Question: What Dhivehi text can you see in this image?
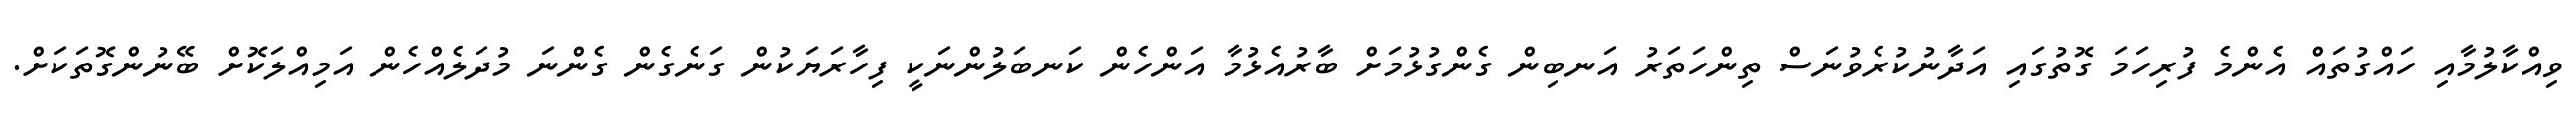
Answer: ވިއްކާލުމާއި ހައްގުތައް އެންމެ ފުރިހަމަ ގޮތުގައި އަދާނުކުރެވުނަސް ތިންހަތަރު އަނބިން ގެންގުޅުމަށް ބާރުއެޅުމާ އަންހެން ކަނބަލުންނަކީ ފިހާރަޔަކުން ގަނެގެން ގެންނަ މުދަލެއްހެން އަމިއްލަކޮށް ބޭނުންގޮތަކަށް.